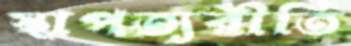
স্থাপত্যরীতি